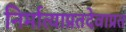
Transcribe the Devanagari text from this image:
निर्मात्याप्रतदेवाप्रत